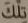
تلك